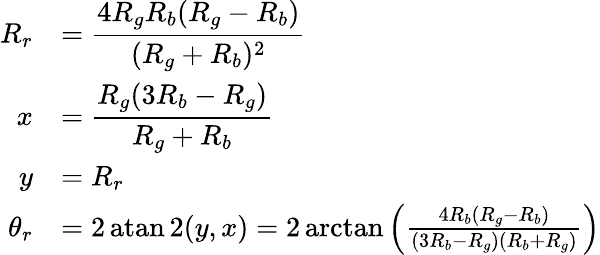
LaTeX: \begin{array}{rl}{R_{r}}&{=\displaystyle\frac{4R_{g}R_{b}(R_{g}-R_{b})}{(R_{g}+R_{b})^{2}}}\\ {x}&{=\displaystyle\frac{R_{g}(3R_{b}-R_{g})}{R_{g}+R_{b}}}\\ {y}&{=R_{r}}\\ {\theta_{r}}&{=2\operatorname{atan2}(y,x)=2\arctan\left(\frac{4R_{b}(R_{g}-R_{b})}{(3R_{b}-R_{g})(R_{b}+R_{g})}\right)}\end{array}